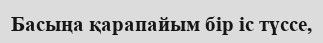
Басыңа қарапайым бір іс түссе,